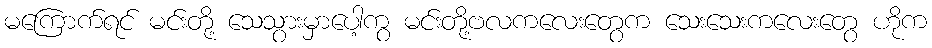
မကြောက်ရင် မင်းတို့ သေသွားမှာပေါ့ကွ မင်းတို့ဗလကလေးတွေက သေးသေးကလေးတွေ ဟိုက